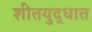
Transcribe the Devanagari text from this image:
शीतयुद्धात